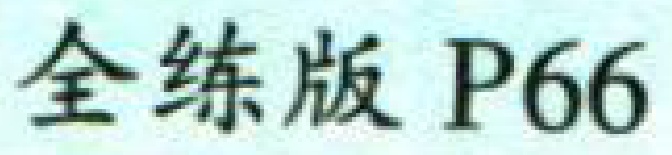
全练版 P66